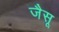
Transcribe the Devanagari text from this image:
जैसू